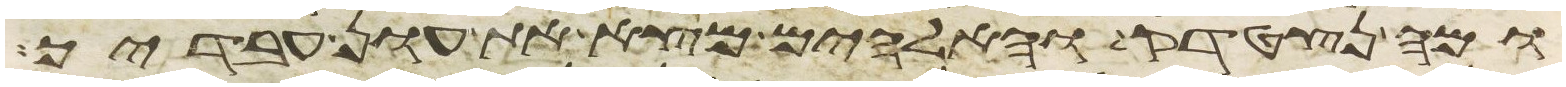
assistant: ומה נצטדק והאלהים מצא את עון עבדיך